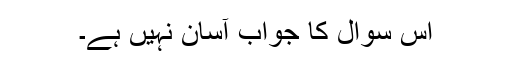
اس سوال کا جواب آسان نہیں ہے۔